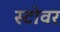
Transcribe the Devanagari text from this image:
स्टोवर